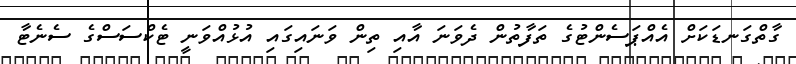
ގާތްގަނޑަކަށް އެއްޕަސެންޓުގެ ތަފާތުން ދެވަނަ އާއި ތިން ވަނައިގައި އުޅުއްވަނީ ޓެކްސަސްގެ ސެނެޓާ